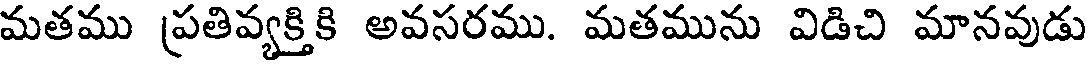
మతము ప్రతివ్యక్తికి అవసరము. మతమును విడిచి మానవుడు